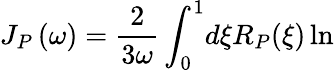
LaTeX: J_{P}\left(\omega\right)=\frac{2}{3\omega}\int_{0}^{1}\! d\xi R_{P}(\xi)\ln